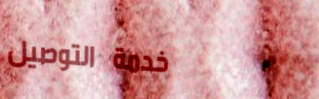
خدمة التوصيل